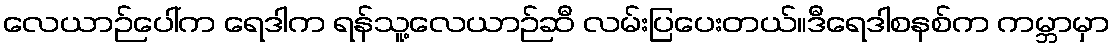
လေယာဉ်ပေါ်က ရေဒါက ရန်သူ့လေယာဉ်ဆီ လမ်းပြပေးတယ်။ဒီရေဒါစနစ်က ကမ္ဘာမှာ